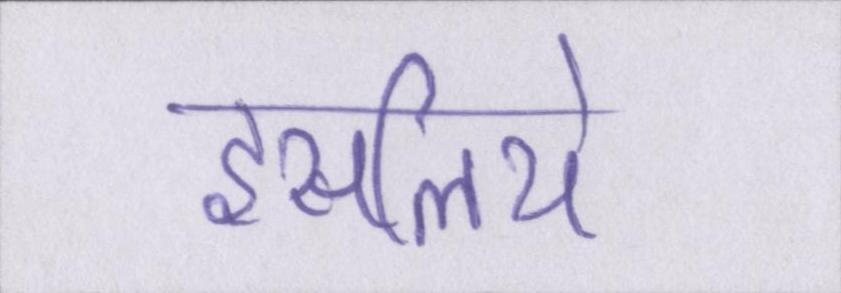
इसलिये